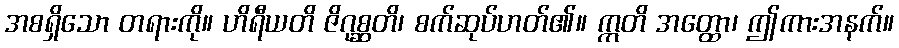
အစရှိသော တရားကို။ ဟိရီယတိ ဇိဂုစ္ဆတိ၊ စက်ဆုပ်ဟတ်၏။ ဣတိ အတ္ထော၊ ဤကားအနက်။